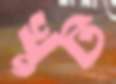
খুট